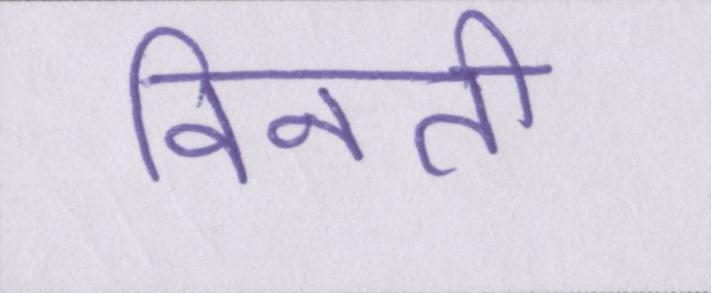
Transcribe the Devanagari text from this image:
विनती